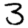
Digit: 3